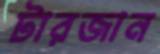
টারজান